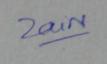
Signature authenticity: genuine